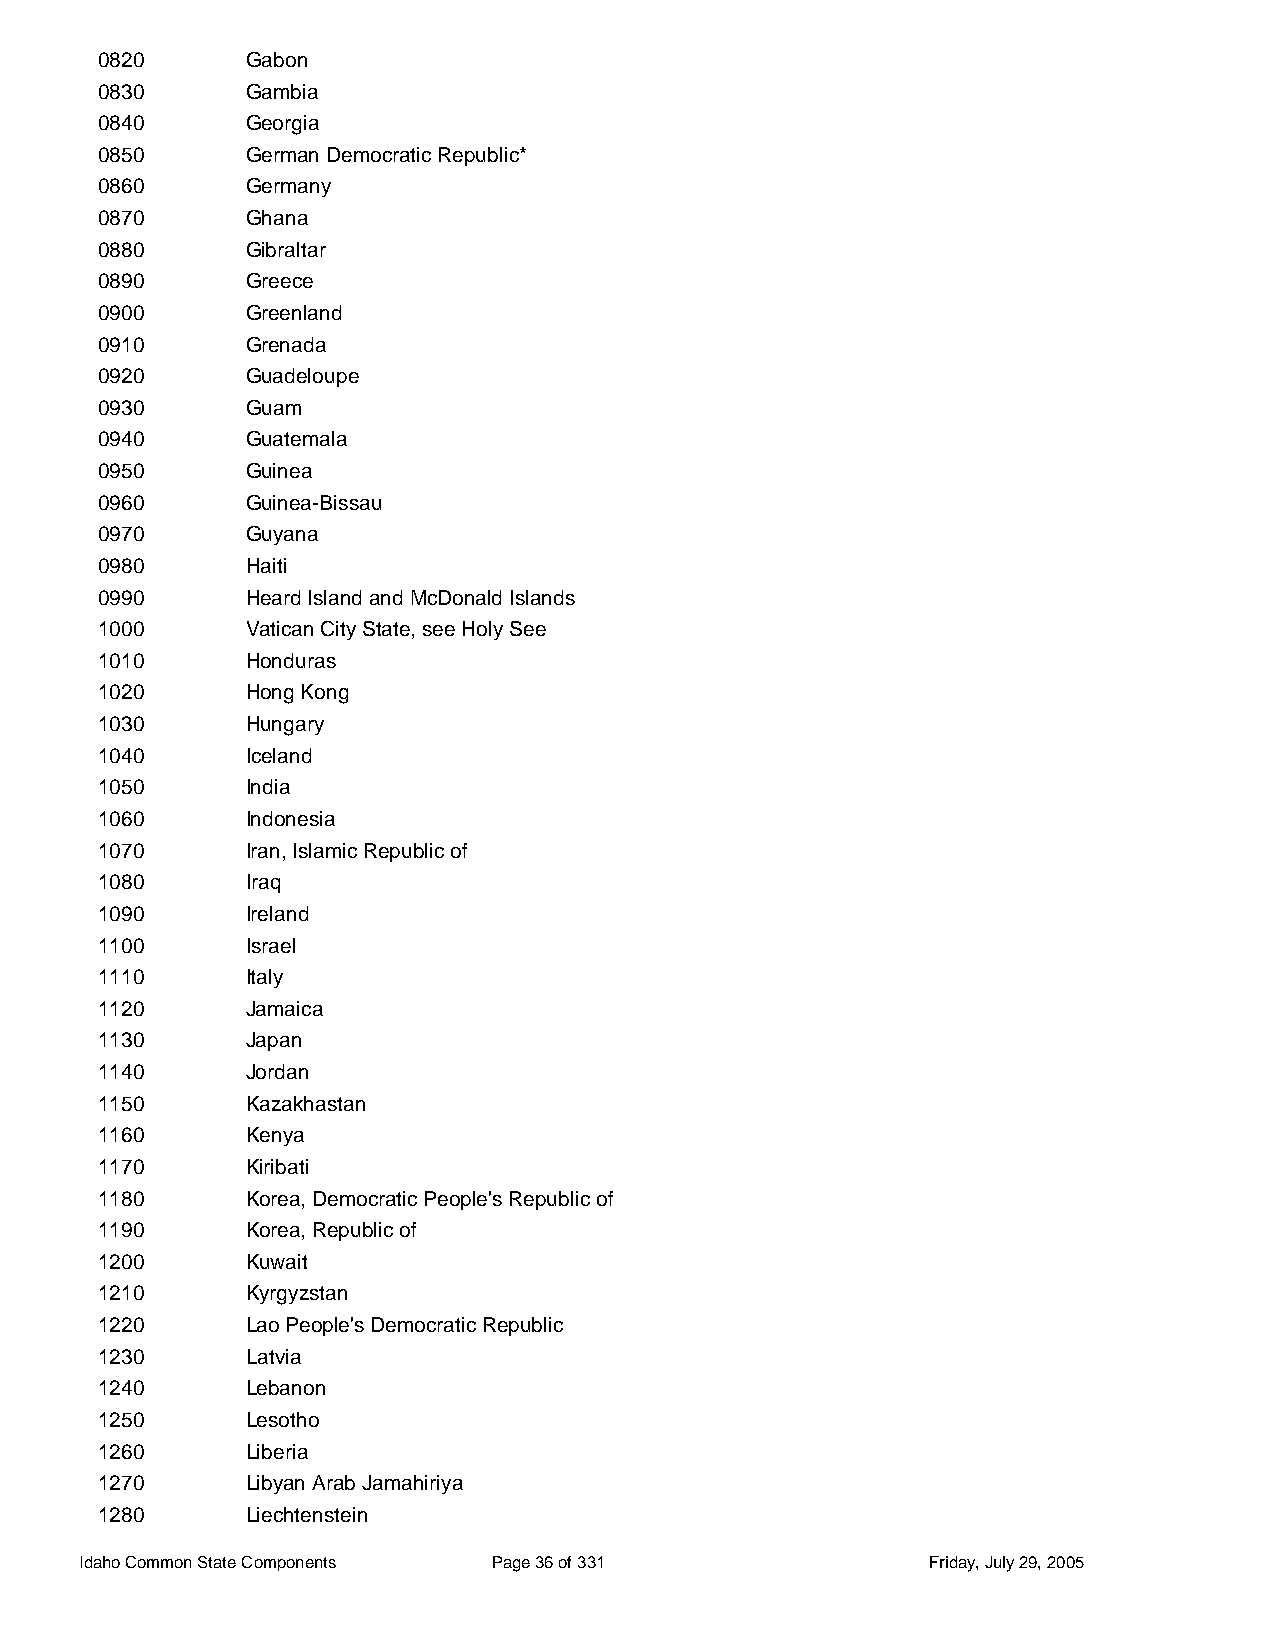
0820      Gabon
 0830      Gambia
 0840      Georgia
 0850      German Democratic Republic*
 0860      Germany
 0870      Ghana
 0880      Gibraltar
 0890      Greece
 0900      Greenland
 0910      Grenada
 0920      Guadeloupe
 0930      Guam
 0940      Guatemala
 0950      Guinea
 0960      Guinea-Bissau
 0970      Guyana
 0980      Haiti
 0990      Heard Island and McDonald Islands
 1000      Vatican City State, see Holy See
 1010      Honduras
 1020      Hong Kong
 1030      Hungary
 1040      Iceland
 1050      India
 1060      Indonesia
 1070      Iran, Islamic Republic of
 1080      Iraq
 1090      Ireland
 1100      Israel
 1110      Italy
 1120      Jamaica
 1130      Japan
 1140      Jordan
 1150      Kazakhastan
 1160      Kenya
 1170      Kiribati
 1180      Korea, Democratic People's Republic of
 1190      Korea, Republic of
 1200      Kuwait
 1210      Kyrgyzstan
 1220      Lao People's Democratic Republic
 1230      Latvia
 1240      Lebanon
 1250      Lesotho
 1260      Liberia
 1270      Libyan Arab Jamahiriya
 1280      Liechtenstein
 Idaho Common State Components Page 36 of 331            Friday, July 29, 2005